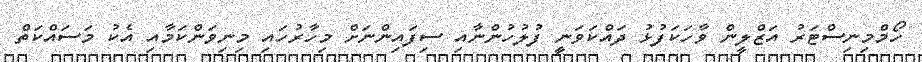
ހޯމްމިނިސްޓަރު އަޒްލީން ވާހަކަފުޅު ދައްކަވަނީ ފުލުހުންނާއި ސިފައިންނަށް މިހާރުހައި މިނިވަންކަމާއި އެކު މަސައްކަތް